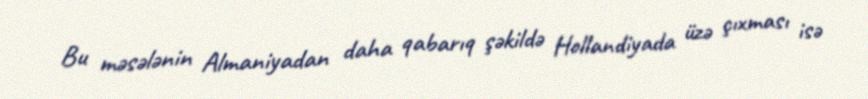
Bu məsələnin Almaniyadan daha qabarıq şəkildə Hollandiyada üzə çıxması isə